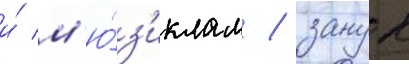
и́ м'ю́з'иклам / занук